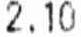
2.10